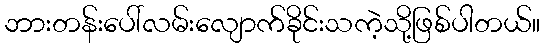
ဘားတန်းပေါ်လမ်းလျောက်ခိုင်းသကဲ့သို့ဖြစ်ပါတယ်။